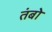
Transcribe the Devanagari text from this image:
तंबो